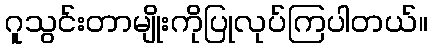
ဂူသွင်းတာမျိုးကိုပြုလုပ်ကြပါတယ်။